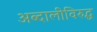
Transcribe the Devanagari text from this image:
अब्दालीविरुद्ध